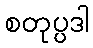
စတုပ္ပဒါ